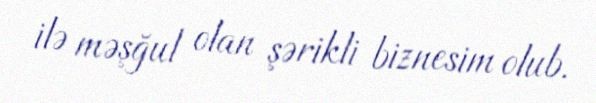
ilə məşğul olan şərikli biznesim olub.